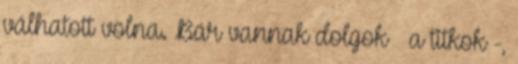
válhatott volna. Bár vannak dolgok – a titkok -,